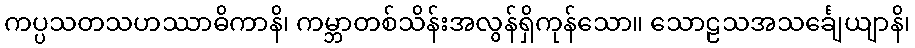
ကပ္ပသတသဟဿာဓိကာနိ၊ ကမ္ဘာတစ်သိန်းအလွန်ရှိကုန်သော။ သောဠသအသင်္ချေယျာနိ၊